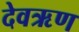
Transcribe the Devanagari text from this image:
देवऋण